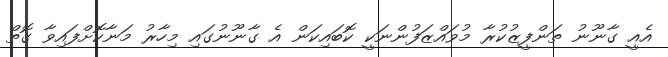
އެއީ ގާނޫނު ތަންފީޒުކުރާ މުވައްޒަފުންނަކީ ކޮބައިކަން އެ ގާނޫނުގައި މިހާރު މަނާކޮށްފައިވާ ގޮތް